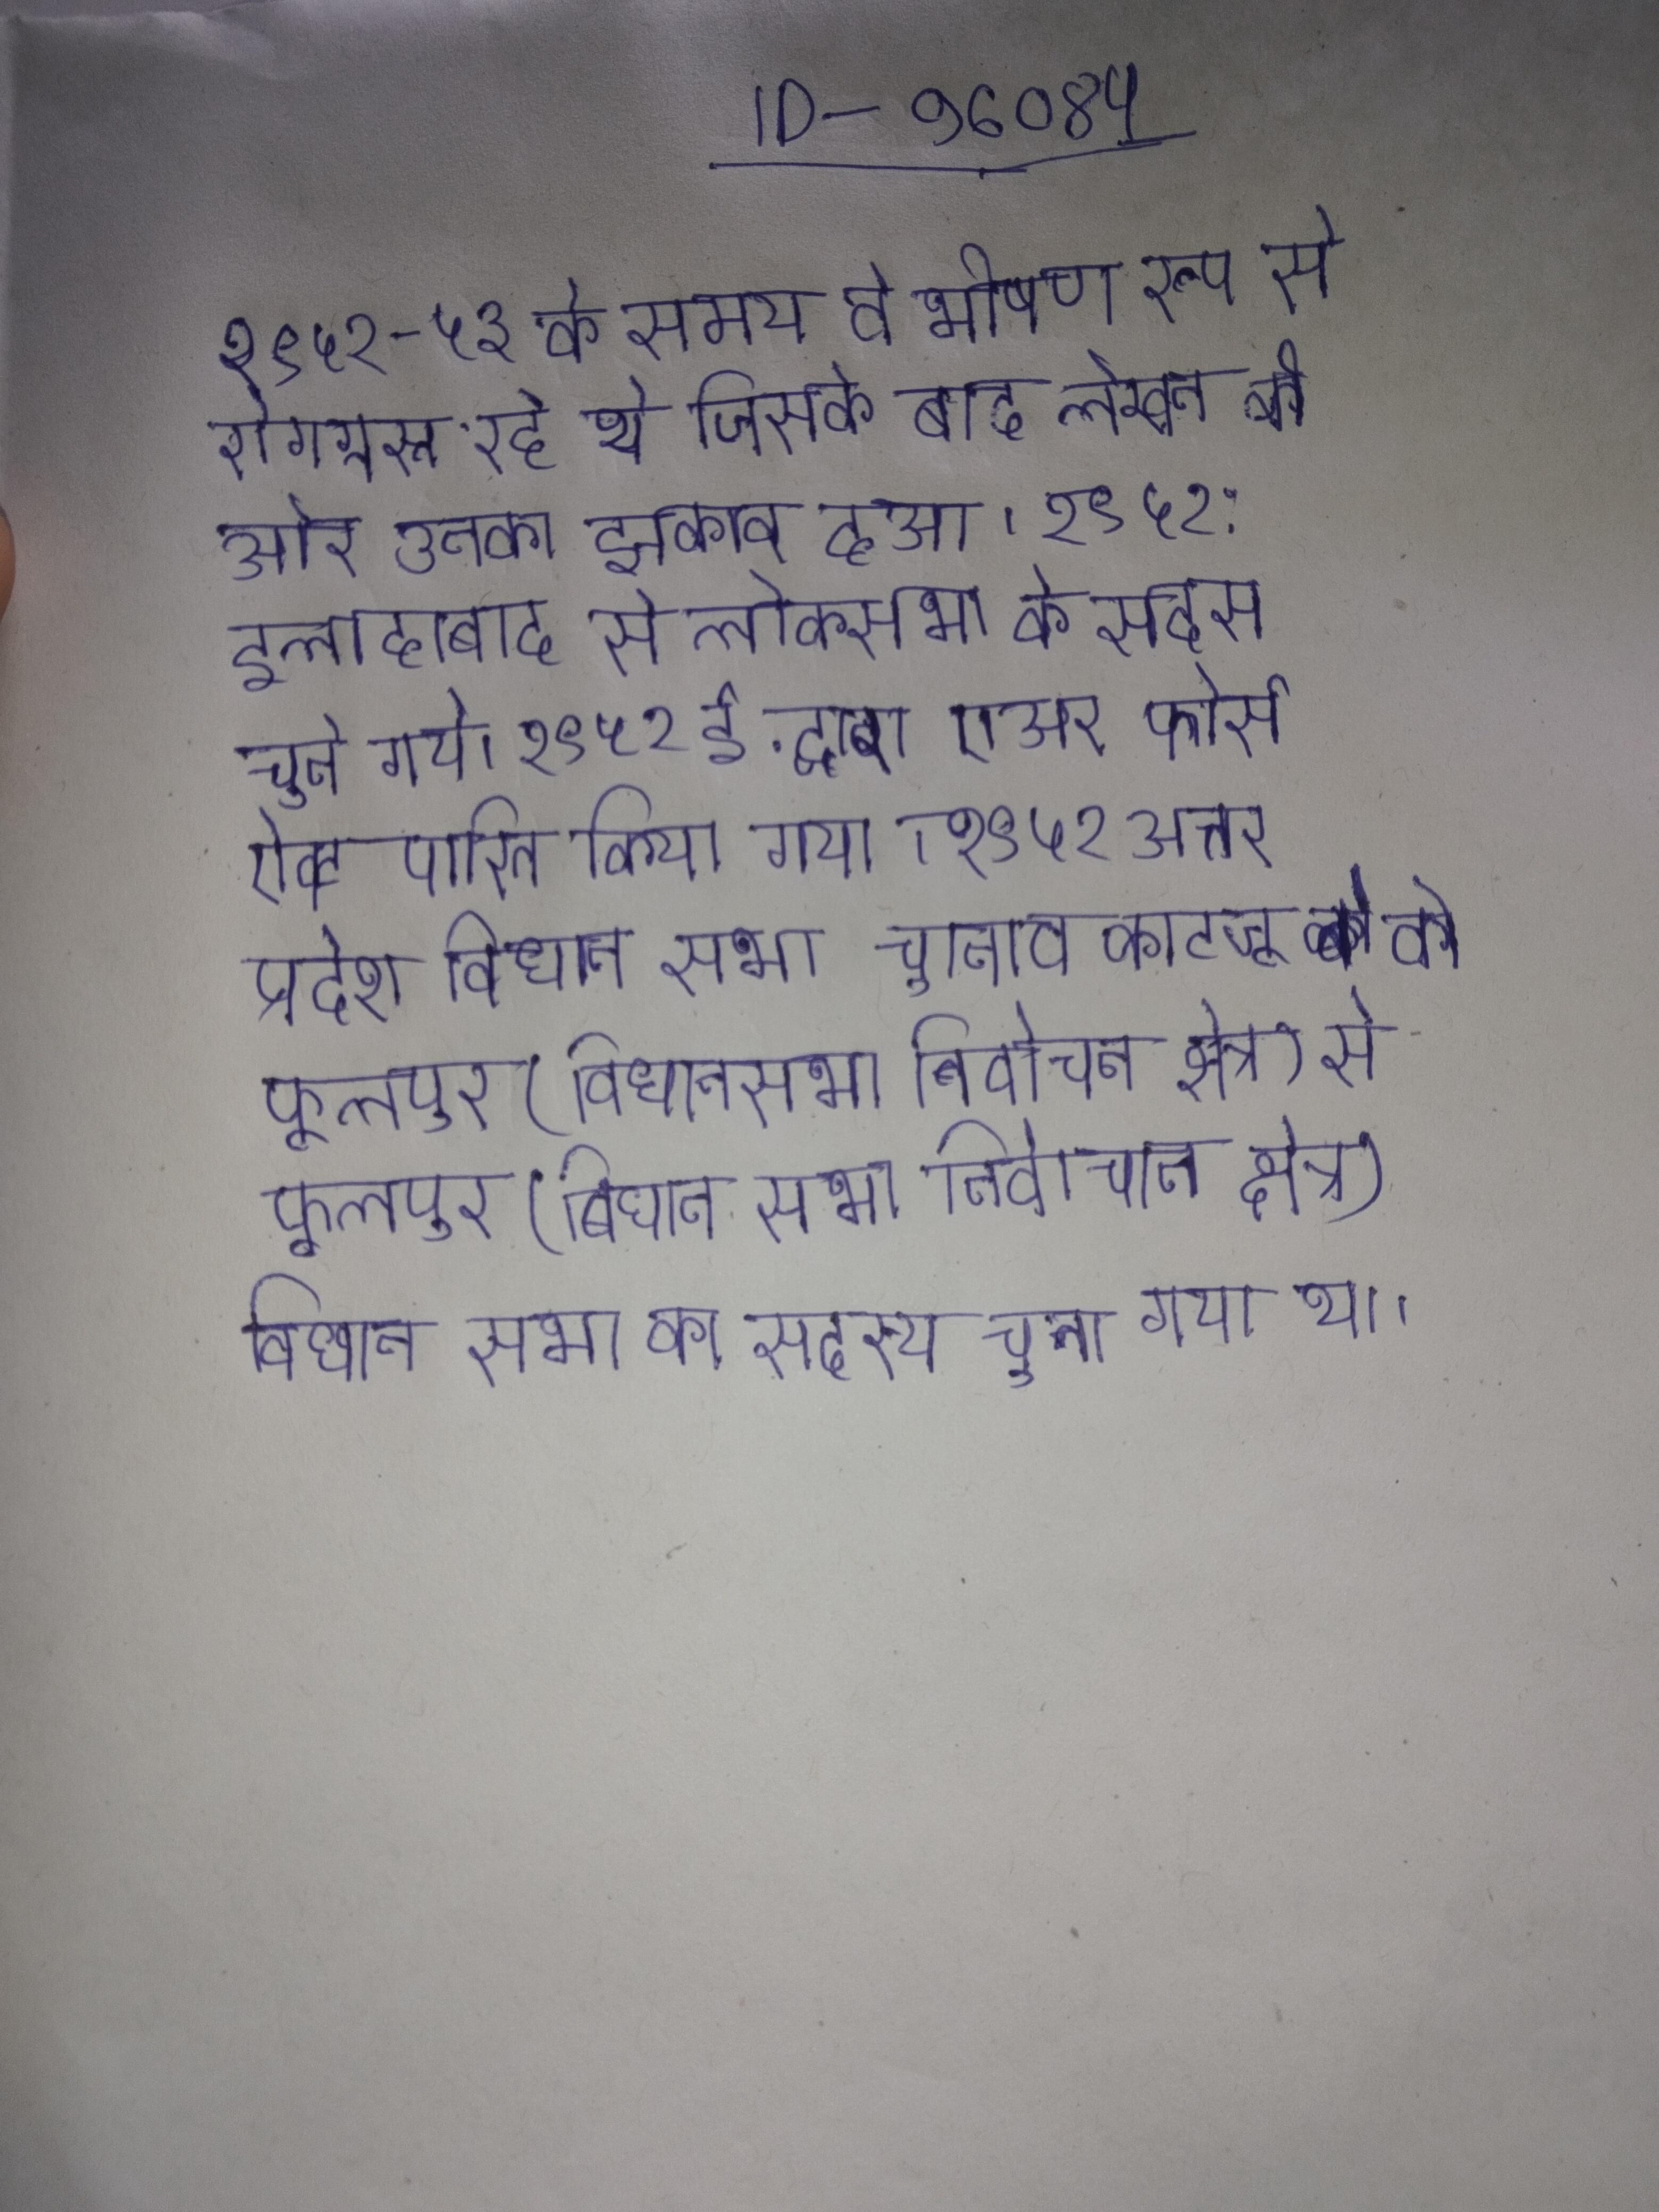
१९५२-५३ के समय वे भीषण रूप से रोगग्रस्त रहे थे जिसके बाद लेखन की ओर उनका झुकाव हुआ । १९५२: इलाहाबाद से लोकसभा के सदस्य चुने गये । १९५२ ई. द्वारा एअर फोर्स ऐक्ट पारित किया गया । १ ९ ५२ उत्तर प्रदेश विधान सभा चुनाव काटजू को फूलपुर (विधानसभा निर्वाचन क्षेत्र) से फूलपुर (विधान सभा निर्वाचन क्षेत्र) विधान सभा का सदस्य चुना गया था ।